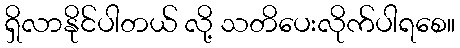
ရှိလာနိုင်ပါတယ် လို့ သတိပေးလိုက်ပါရစေ။